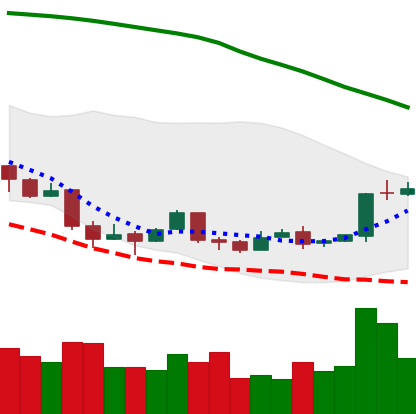
Ticker: BTC-USD
Chart end date: 2018-04-14
Forward return: 3.858%
Label: up_3_5